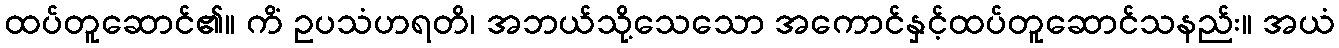
ထပ်တူဆောင်၏။ ကိံ ဥပသံဟရတိ၊ အဘယ်သို့သေသော အကောင်နှင့်ထပ်တူဆောင်သနည်း။ အယံ